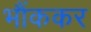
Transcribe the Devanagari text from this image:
भौंककर